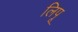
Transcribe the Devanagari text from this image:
लिपू